Leaving Certificate Examination, 1922
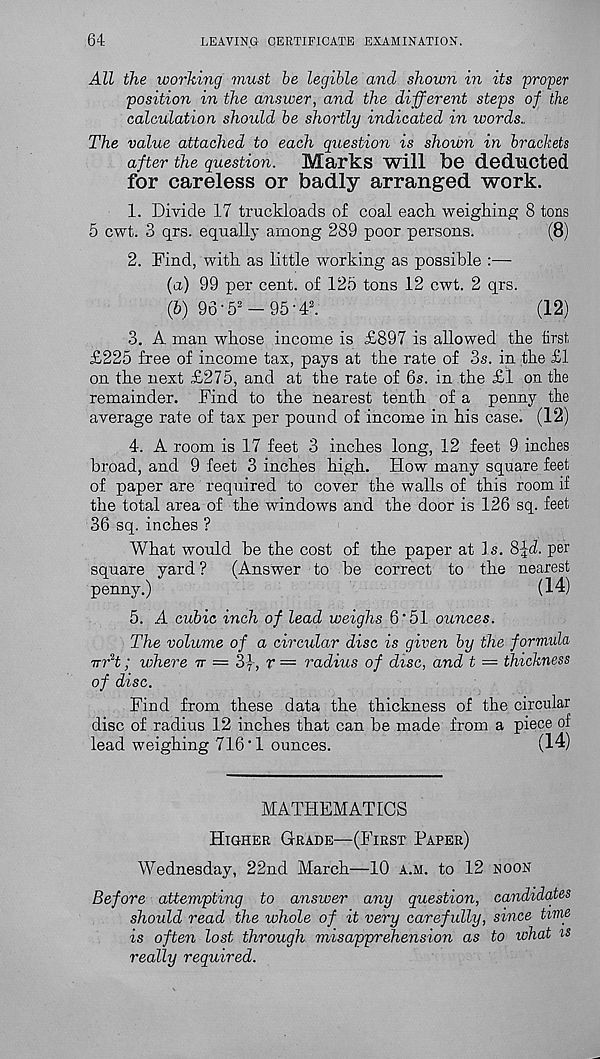
64
LEAVING CERTIFICATE EXAMINATION.
All the worhing must be legible and shown in its proper
position in the answer, and the different steps of the
calculation should be shortly indicated in words..
The value attached to each question is shown in brackets
after the question.
Marks will be deducted
for careless or badly arranged work.
1. Divide 17 truckloads of coal each weighing 8 tons
5 cwt. 3 qrs. equally among 289 poor persons.
(8)
2. Find, with as little working as possible :—
(a) 99 per cent, of 125 tons 12 cwt. 2 qrs.
(&) 96 - 5 2 - 95 - 4 3 .
(12)
3. A man whose income is £897 is allowed the first
£225 free of income tax, pays at the rate of 3s. in the £1
on the next £275, and at the rate of 6s. in the £1 on the
remainder. Find to the nearest tenth of a penny the
average rate of tax per pound of income in his case. (12)
4-. A room is 17 feet 3 inches long, 12 feet 9 inches
broad, and 9 feet 3 inches high. How many square feet
of paper are required to cover the walls of this room if
the total area of the windows and the door is 126 sq. feet
36 sq. inches ?
What would be the cost of the paper at Is. 8^d. per
square yard ?
(Answer to be correct to the nearest
penny.)
(14)
5. A cubic inch of lead weighs 6‘51 ounces.
The volume of a circular disc is given by the formula
-rrrH; where tt — 3f, r = radius of disc, and t = thickness
of disc.
Find from these data the thickness of the circular
disc of radius 12 inches that can be made from a piece of
lead weighing 716‘1 ounces.
(14)
MATHEMATICS
Higher Grade—(First Paper)
Wednesday, 22nd March—10 a.m. to 12 noon
Before attempting to answer any question, candidates
should read the whole of it very carefully, since time
is often lost through misapprehension as to what is
really required.